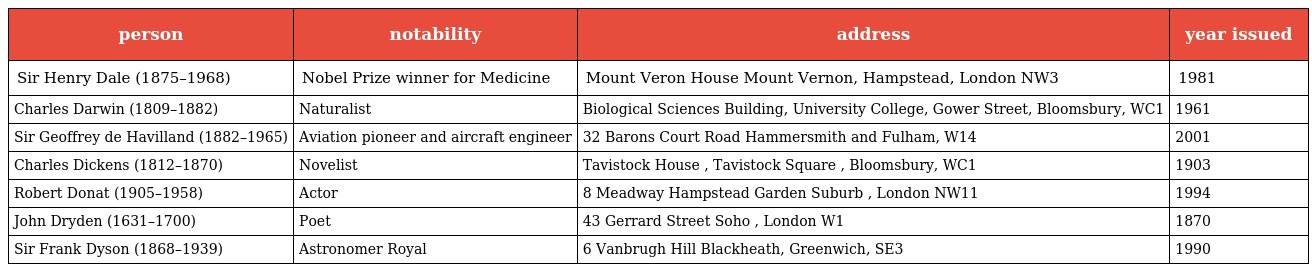
| person | notability | address | year issued |
 | --- | --- | --- | --- |
 | Sir Henry Dale (1875–1968) | Nobel Prize winner for Medicine | Mount Veron House Mount Vernon, Hampstead, London NW3 | 1981 |
 | Charles Darwin (1809–1882) | Naturalist | Biological Sciences Building, University College, Gower Street, Bloomsbury, WC1 | 1961 |
 | Sir Geoffrey de Havilland (1882–1965) | Aviation pioneer and aircraft engineer | 32 Barons Court Road Hammersmith and Fulham, W14 | 2001 |
 | Charles Dickens (1812–1870) | Novelist | Tavistock House , Tavistock Square , Bloomsbury, WC1 | 1903 |
 | Robert Donat (1905–1958) | Actor | 8 Meadway Hampstead Garden Suburb , London NW11 | 1994 |
 | John Dryden (1631–1700) | Poet | 43 Gerrard Street Soho , London W1 | 1870 |
 | Sir Frank Dyson (1868–1939) | Astronomer Royal | 6 Vanbrugh Hill Blackheath, Greenwich, SE3 | 1990 |